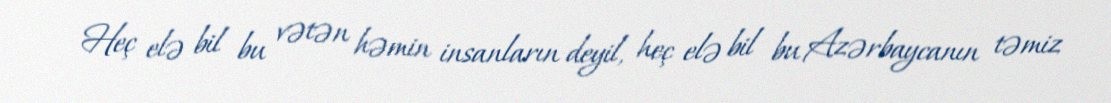
Heç elə bil bu vətən həmin insanların deyil, heç elə bil bu Azərbaycanın təmiz